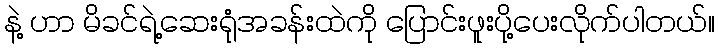
နဲ့ ဟာ မိခင်ရဲ့ဆေးရုံအခန်းထဲကို ပြောင်းဖူးပို့ပေးလိုက်ပါတယ်။